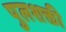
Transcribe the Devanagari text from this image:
पुलशक्ती